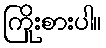
ကြိုးစားပါ။